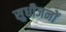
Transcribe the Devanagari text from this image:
सुधीजनों